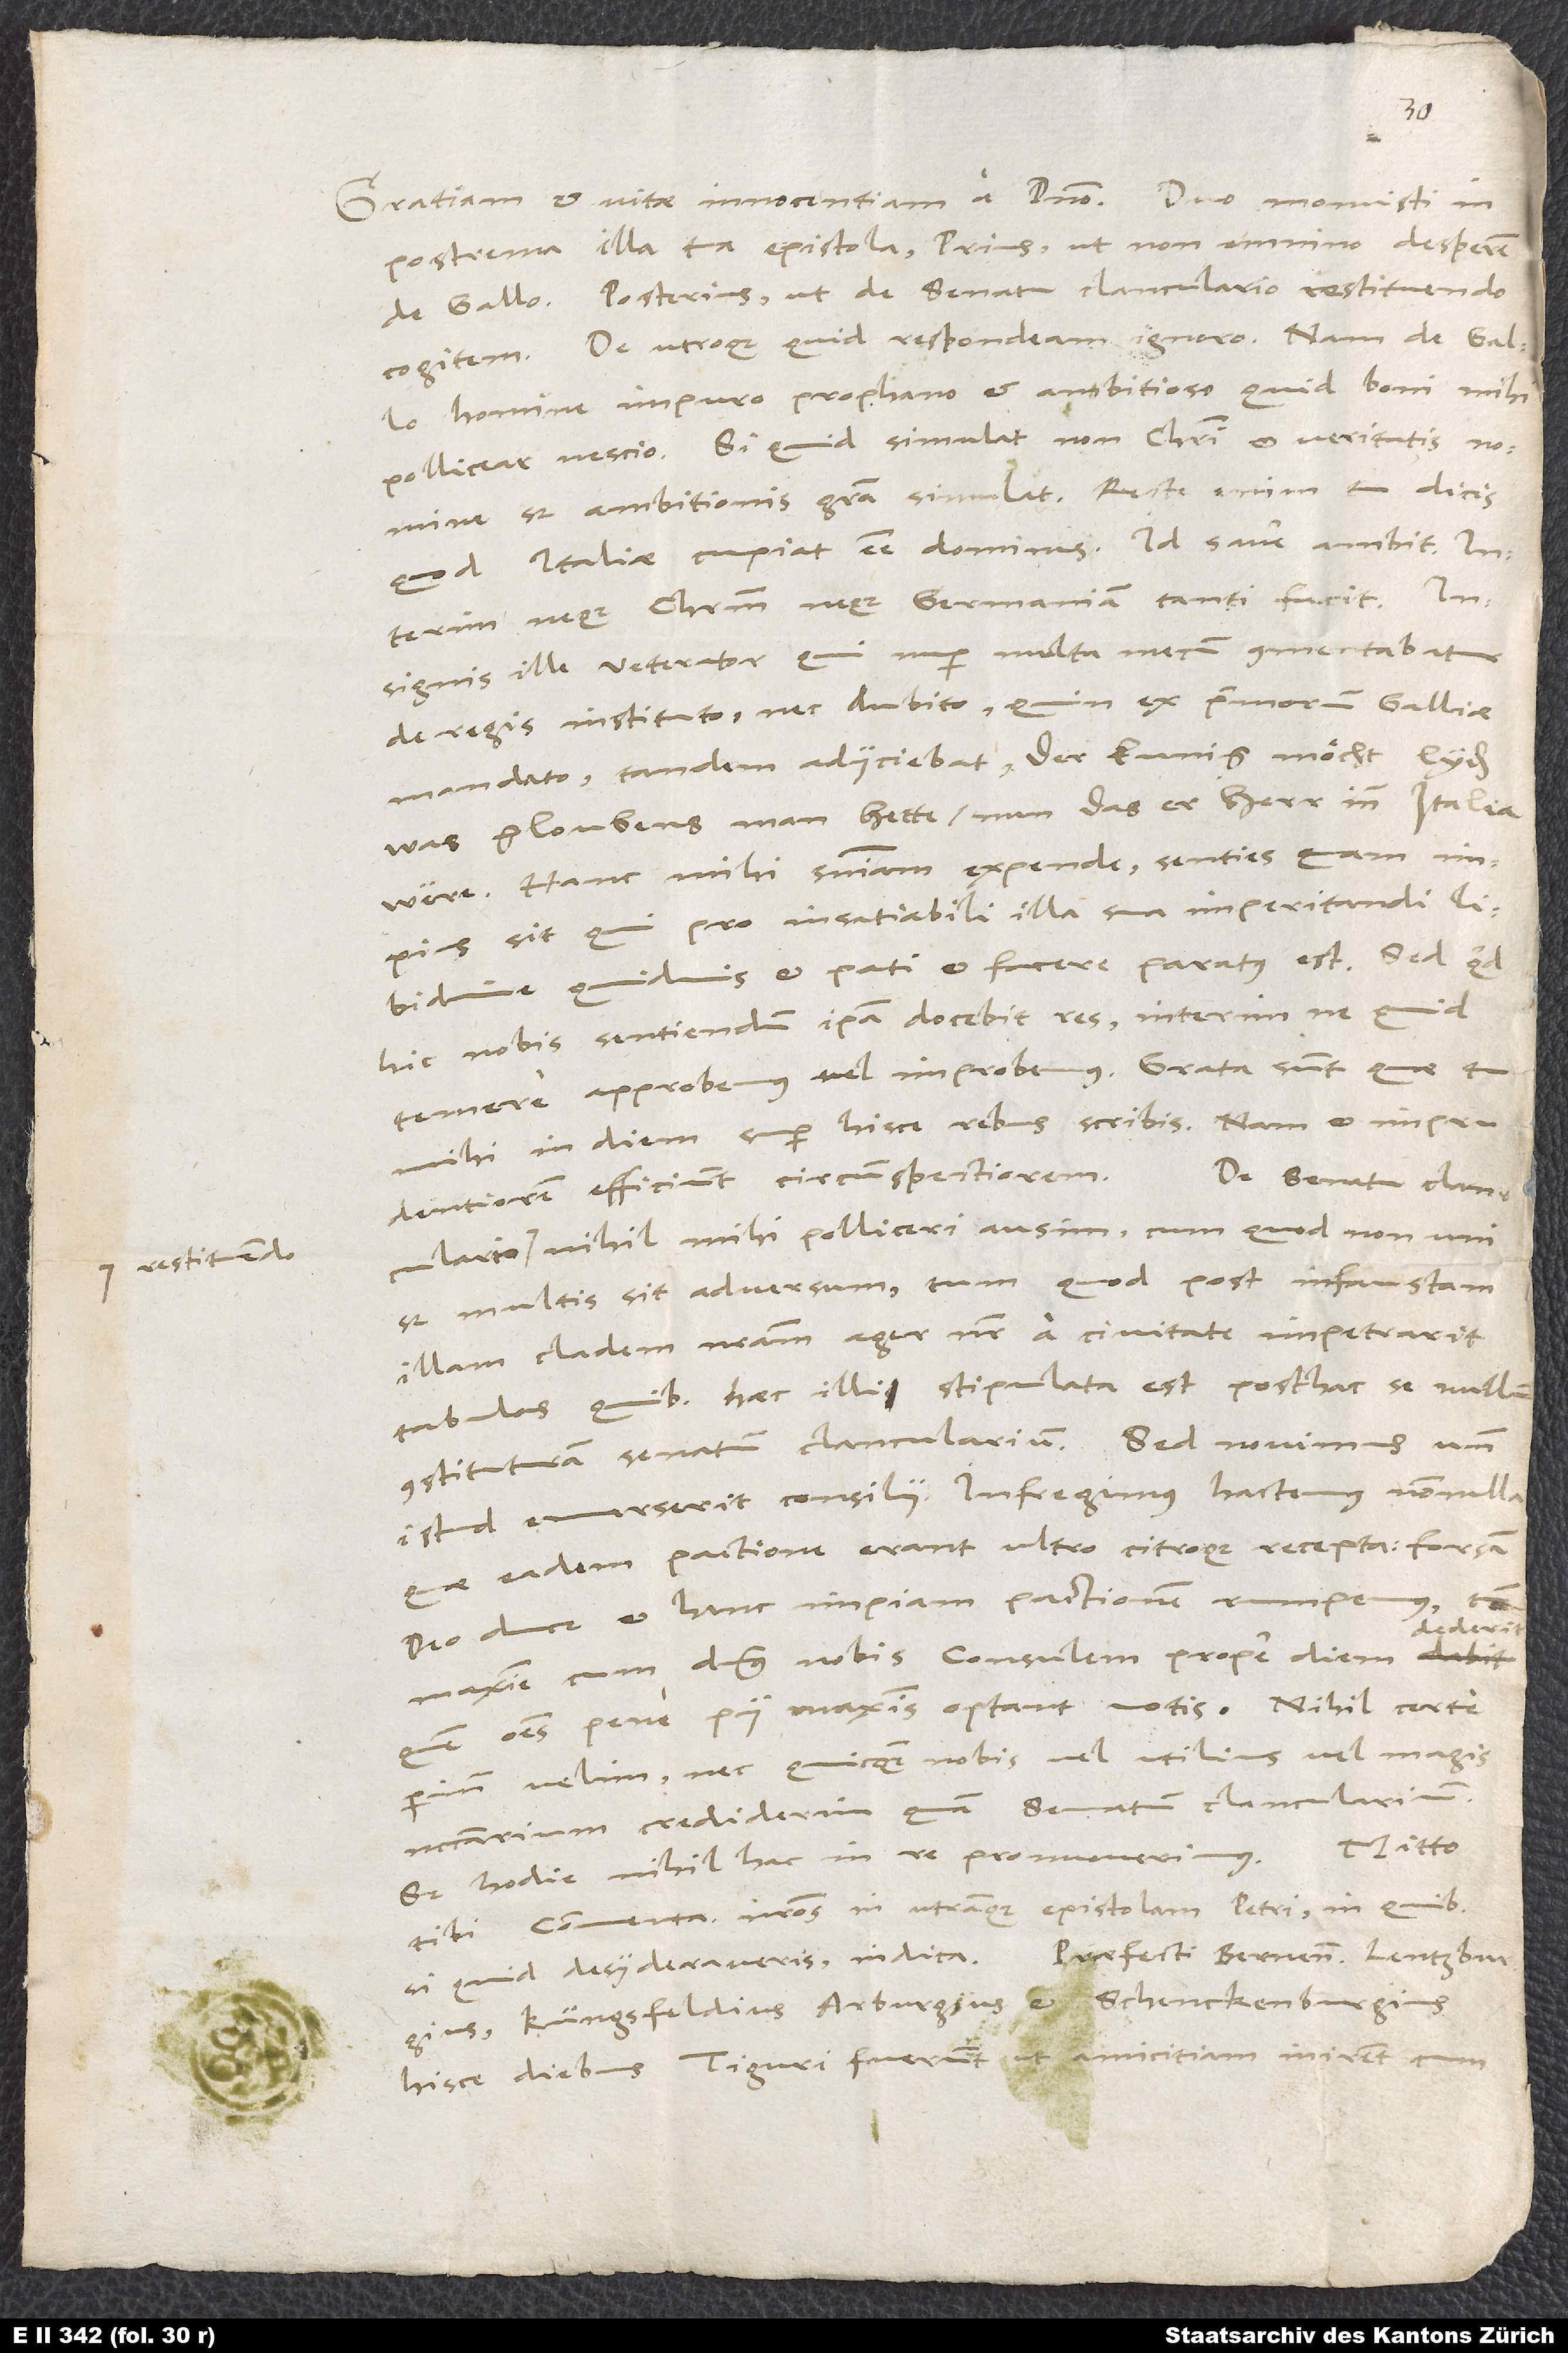
restituendo

postrema illa tua epistola, prius, ut non omnino desperem
de Gallo, posterius, ut de senatu clanculario restituendo
homine impuro, prophano et ambitioso quid boni mihi
pollicear, nescio. Si quid simulat, non Christi et veritatis nomine,
sed ambitionis gratia simulat. Recte enim tu dicis,
quod Italiae cupiat esse dominus. Id sane ambit, interim
neque Christum neque Germaniam tanti facit.
Insignis ille veterator, qui nuper multa mecum commentabatur
de regis instituto nec dubito quin ex primorum Galliae
mandato, tandem adiiciebat: «Der kunig möcht lyden,
was gloubens man hette, nun das er herr inn Italia
were.» Hanc mihi sententiam expende. Senties, quam
impius sit, qui pro insatiabili illa sua imperitandi
libidine quidvis et pati et facere paratus est. Sed quid
hic nobis sentiendum, ipsa docebit res. Interim ne quid
temere approbemus vel improbemus. Grata sunt, quae tu
mihi in diem super hisce rebus scribis. Nam et imprudentiorem
De senatu clanculario
efficiunt circumspectiorem.
nihil mihi polliceri ausim, cum quod non uni,
sed multis sit adversum, tum quod post infaustam
illam cladem nostram ager noster a civitate impetrarit
tabulas, quibus haec illi stipulata est posthac se nullum
constituturam senatum clancularium. Sed novimus, unde
istud emerserit consilii. Infregimus hactenus nonnulla,
quae eadem pactione erant ultro citroque recepta Forsan
deo duce et hanc impiam pactionem rumpemus, tum
dederit,
maxime, cum dominus nobis consulem propediem
quem omnes pene pii maximis optant votis. Nihil certe
perinde velim nec quicquam nobis vel utilius vel magis
necessarium crediderim quam senatum clancularium,
Mitto
sed hodie nihil hac in re promoverimus.
tibi commentarios nostros in utramque epistolam Petri, in quibus
Küngsfeldius, Arburgius et Schenckenburgius
hisce diebus Tiguri fuerunt, ut amicitiam inirent cum